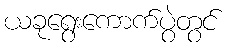
ယခုရွေးကောက်ပွဲတွင်